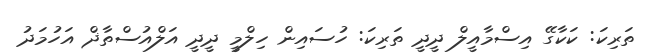
ތަރިކަ: ކަކާގޭ އިސްމާއީލް ދީދީ ތަރިކަ: ހުސައިން ހިލްމީ ދީދީ އަލްއުސްތާޛް އަހުމަދު